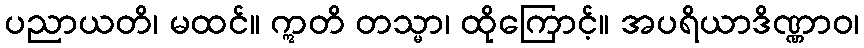
ပညာယတိ၊ မထင်။ ဣတိ တသ္မာ၊ ထိုကြောင့်။ အပရိယာဒိဏ္ဏာဝ၊